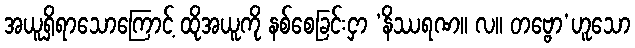
အယူရှိရာသောကြောင့် ထိုအယူကို နစ်စေခြင်းငှာ ‘နိဿရဏ။ လ။ တဗ္ဗော’ဟူသော